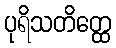
ပုရိသတိတ္ထေ